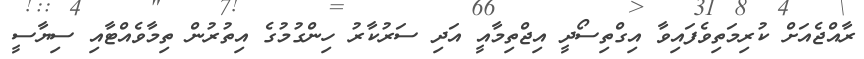
ރާއްޖެއަށް ކުރިމަތިވެފައިވާ އިގްތިސޯދީ އިޖްތިމާއީ އަދި ސަރުކާރު ހިންގުމުގެ އިތުރުން ތިމާވެއްޓާއި ސިޔާސީ